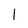
Character: 1